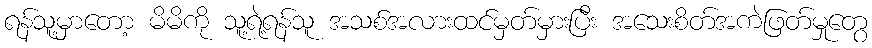
ရန်သူ့မှာတော့ မိမိကို သူ့ရဲ့ရန်သူ အသစ်အလားထင်မှတ်မှားပြီး အသေးစိတ်အကဲဖြတ်မှုတွေ